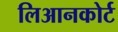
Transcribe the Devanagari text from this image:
लिआनकोर्ट